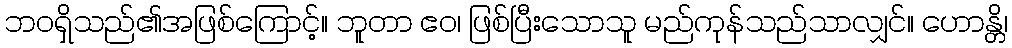
ဘဝရှိသည်၏အဖြစ်ကြောင့်။ ဘူတာ ဧဝ၊ ဖြစ်ပြီးသောသူ မည်ကုန်သည်သာလျှင်။ ဟောန္တိ၊